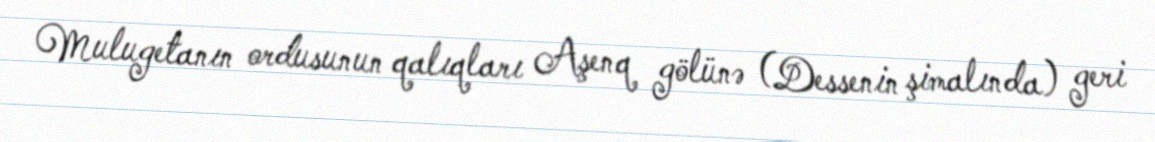
Mulugetanın ordusunun qalıqları Aşenq gölünə (Dessenin şimalında) geri